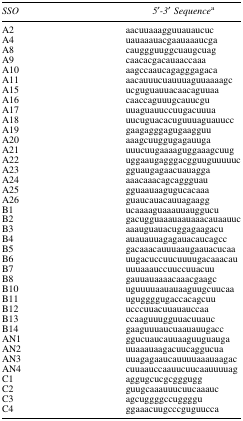
| SSO | 5′-3′ Sequencea |
 | --- | --- |
 | A2 | aacuuaaagguuauaucuc |
 | A4 | uauaaauacgaauaaaucga |
 | A8 | cauggguuggcuaugcuag |
 | A9 | caacacgacauaaccaaa |
 | A10 | aagccaaucagagggagaca |
 | A11 | aacauuucuauuuaguuaaaagc |
 | A15 | ucguguauuacaacaguuaa |
 | A16 | caaccaguuugcauucgu |
 | A17 | uuaguauuccuugacuuua |
 | A18 | uucuguacacuguuuaguauucc |
 | A19 | gaagagggagugaagguu |
 | A20 | aaagcuuggugagauuga |
 | A21 | uuucuugaaaaguggaaagcuug |
 | A22 | uggaaugagggacgguuguuuuuc |
 | A23 | gguaugagaacuauagga |
 | A24 | aaacaaacagcaggguau |
 | A25 | gguaauaagugucacaaa |
 | A26 | guaucauacauuagaagg |
 | B1 | ucaaaaguaaauuauggucu |
 | B2 | gacugguaaauaauaaacauaauuc |
 | B3 | aaauguauacuggagaagacu |
 | B4 | auauauuagagauacaucagcc |
 | B5 | gacaaacauuuaaugaauacucaa |
 | B6 | uugacuccuucuuuugacaaacau |
 | B7 | uuuaaauccuuccuuacuu |
 | B8 | gauuauaaaacaaacgaagc |
 | B10 | uguuuuaauauaaguugcuucaa |
 | B11 | uguggggugaccacagcuu |
 | B12 | ucccuuacuuauauccaa |
 | B13 | ccaaguuugguuacuuauc |
 | B14 | gaaguuuaucuaauauugacc |
 | AN1 | ggucuaucauuaaguuguauga |
 | AN2 | uuaaauaagacuucaggucua |
 | AN3 | uuagagaaucauuuuaaauaagac |
 | AN4 | cuuaauccaauucuucaauuuuag |
 | C1 | aggugcucgcgggugg |
 | C2 | guugcaaauuucuucaaauc |
 | C3 | agcuggggccuggggu |
 | C4 | ggaaacuugcccguguucca |